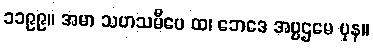
၁၁၉၉။ အမာ သဟသမီပေ ထ၊ ဘေဒေ အပ္ပဌမေ ပုန။